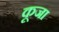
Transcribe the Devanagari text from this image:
कूजा